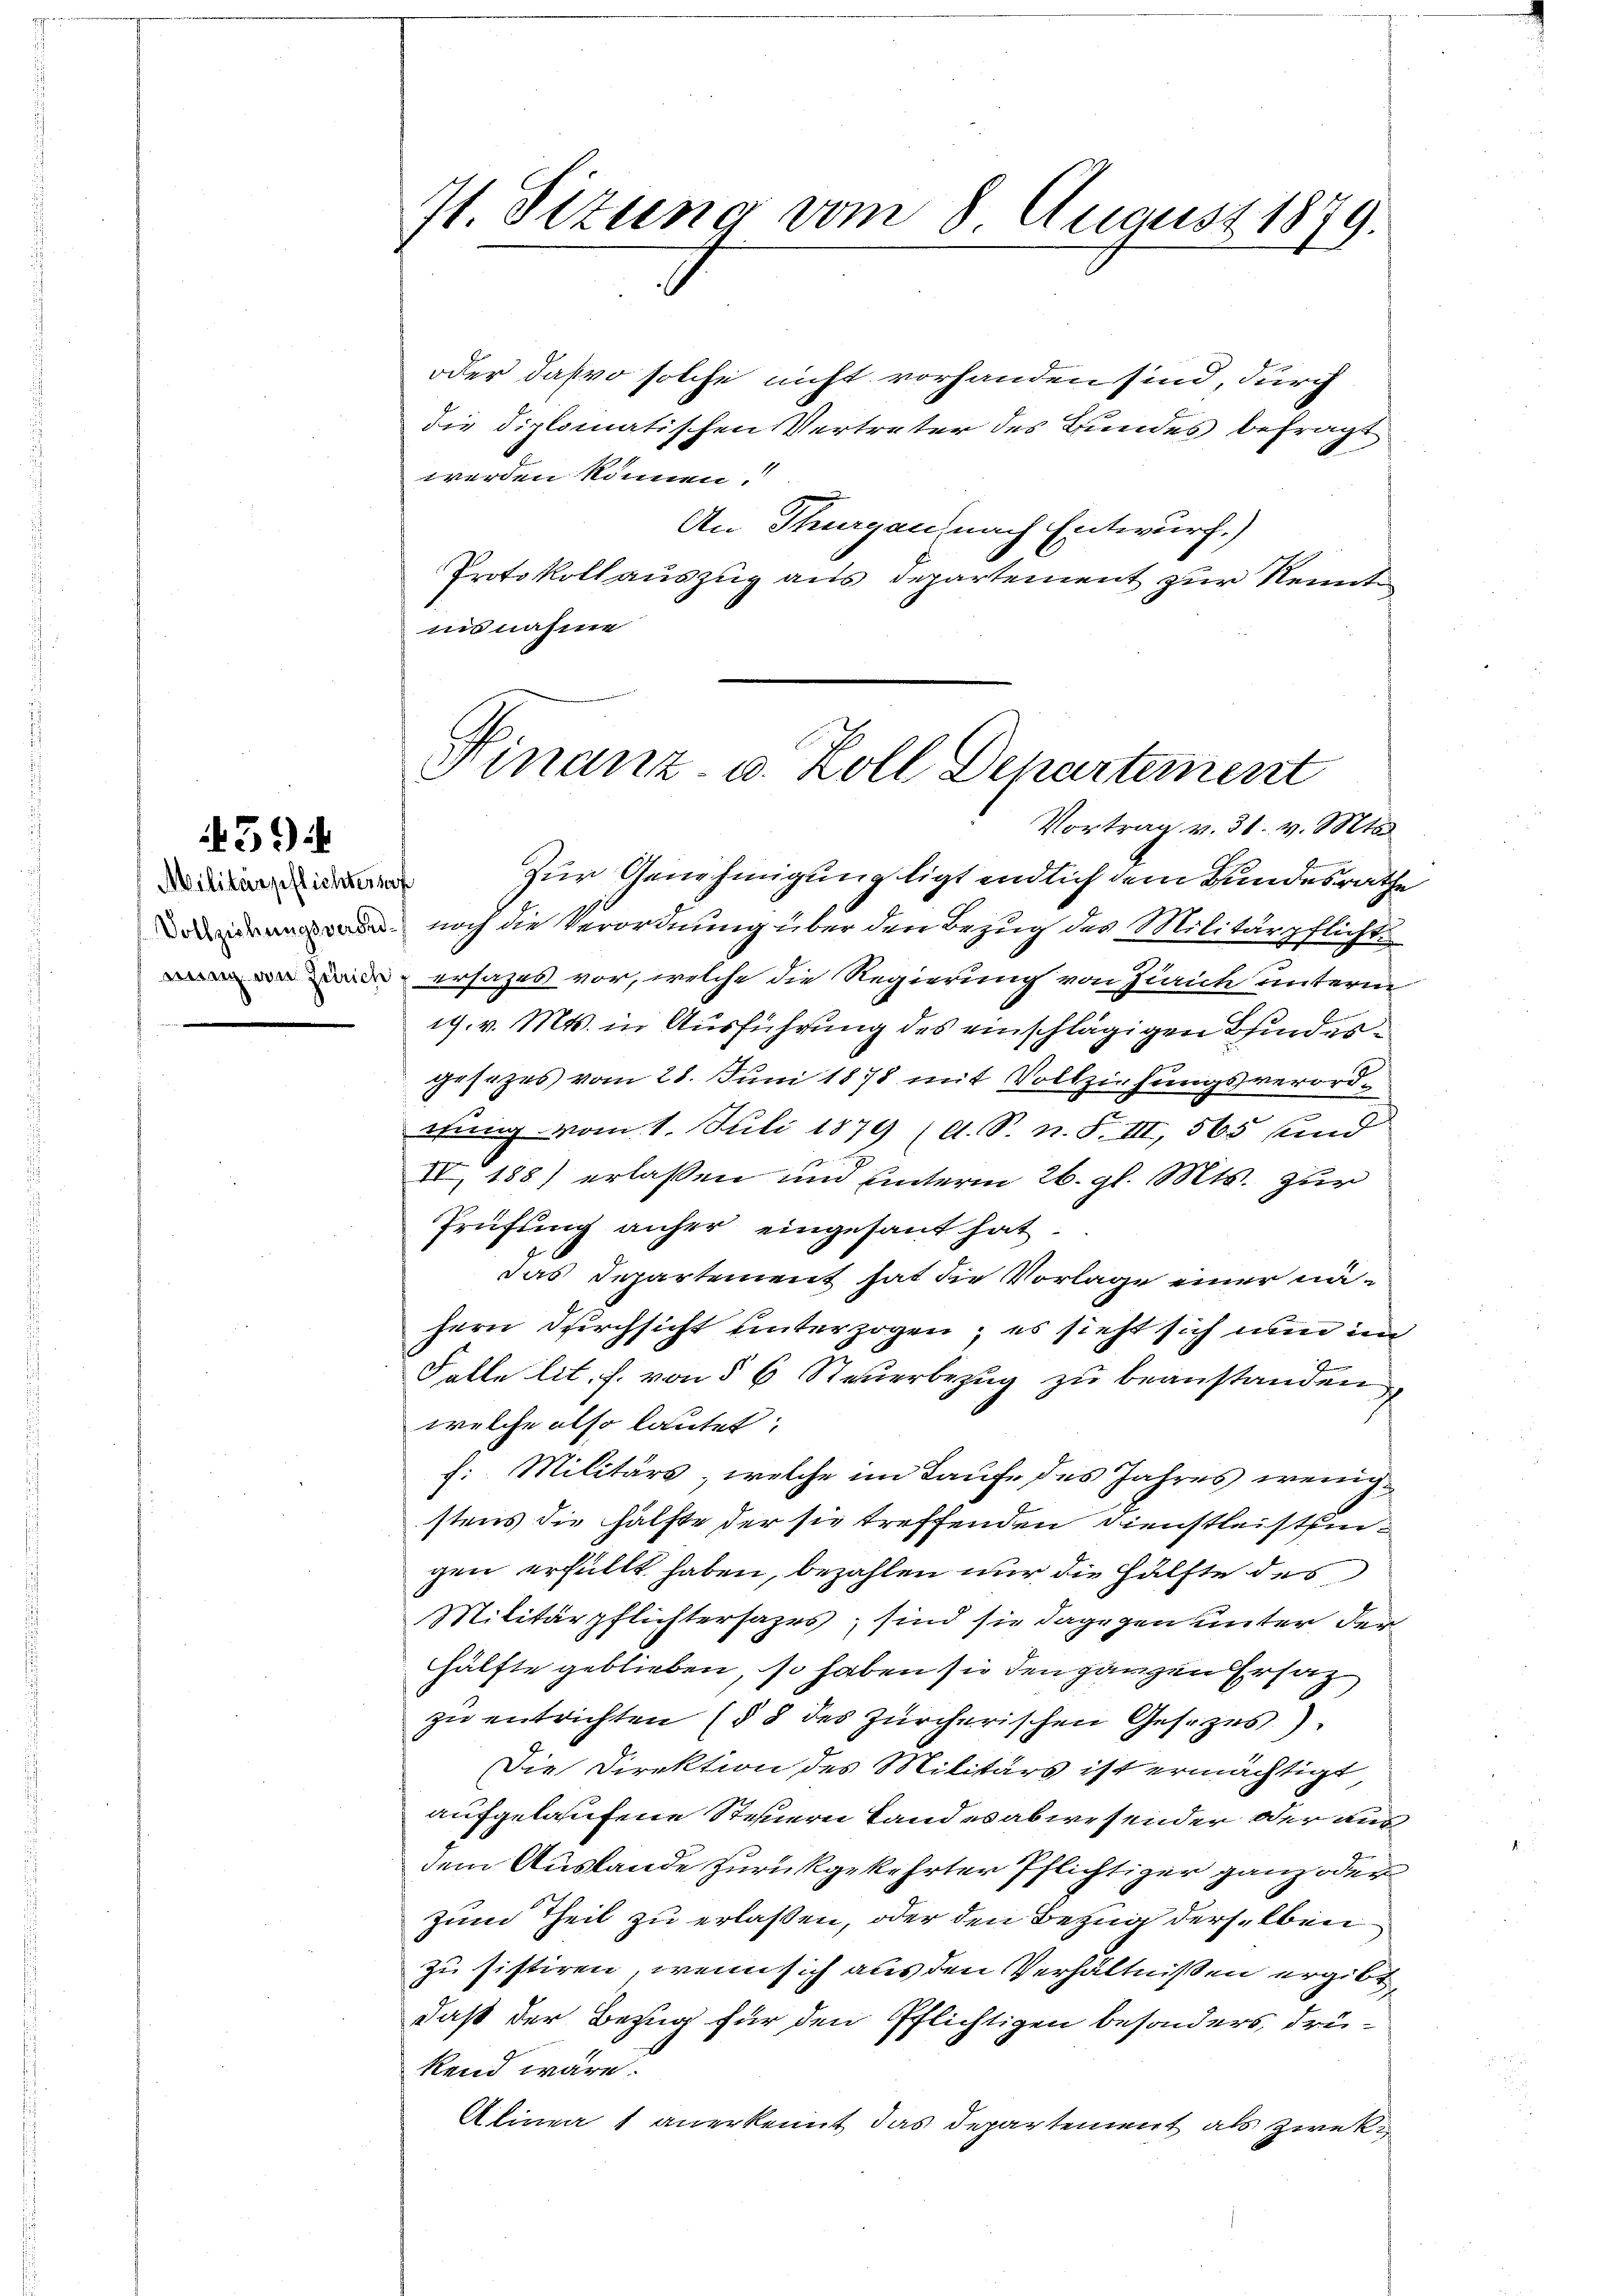
39

Militärpflichterhaf

71 Sizung vom 8 August 1879.

oder dasvo solche nicht vorhanden sind, durch
die diplomatischen Vertreter des Bundes befragt
werden können.
An Thurgau nach Entwurf.)
Protokoll auszug aus Departement zur Kennt
nisnahme

Finanz- u. Zoll Departement
Vortrag v. 31. v. Mts.

Zur Genehmigung ligt endlich dem Bundesrathe
 noch die Verordnung über den Bezug des Militärpflicht
ersazes vor, welche die Regierung von Zürich unterm
19. v. Mts. in Ausführung des einschlägigen Bindesgesezes vom 28. Juni 1878 mit Vollziehungsverordehung vom 1. Juli 1879 (A. S. n. F. III, 565 und
IV, 188) erlassen und unterm 26. gl. Mts. zur
Prüfung anher eingesant hat.
das Departement hat die Vorlage einer nähern Dirchsicht unterzogen; es sieht sich nun un
7
Falle lit. f. von § 6 Steuerbezug zu beanstanden,
welche also lautet:
h: Militärs, welche im Laufe des Jahres wenigstens die Hälfte der sie treffenden Dienstleistengen erfüllt haben, bezahlen nur die Hälfte des
Militärpflichtersages; sind sie dagegen unter der
hälfte geblieben, so haben sie den ganzen Ersatz
zu entrichten (§ 8 des Zürcherischen Gesezes).
Die Direktion des Militärs ist ermächtigt
aufgelaufene Steuern Land es abwesender oder aus
dem Auslande zurückgekehrter Pflichtiger ganz oder
zum Theil zu erlaßen, oder den Bezug derselben
zu sistiren, wenn sich aus den Verhältnißen ergibt,
daß der Bezug für den Pflichtigen besonders drükend wäre.
Alinea 1 anerkennt das Departement als zwek¬